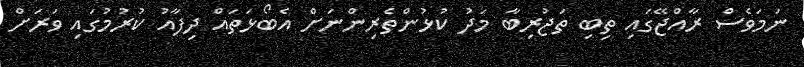
ނަމަވެސް ރާއްޖޭގައި ތިބި ތަޖުރިބާ މަދު ކުޅުންތެރިންނަށް އެބޯޅަތައް ދިފާއު ކުރުމުގައި ވަރަށް